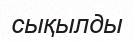
сықылды